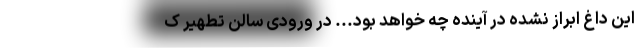
این داغ ابراز نشده در آینده چه خواهد بود... در ورودی سالن تطهیر ک